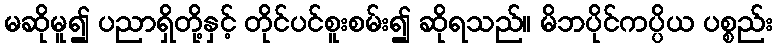
မဆိုမူ၍ ပညာရှိတို့နှင့် တိုင်ပင်စူးစမ်း၍ ဆိုရသည်။ မိဘပိုင်ကပ္ပိယ ပစ္စည်း